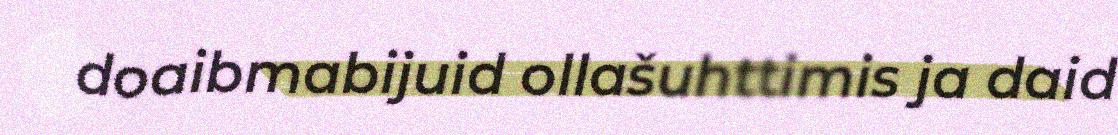
doaibmabijuid ollašuhttimis ja daid